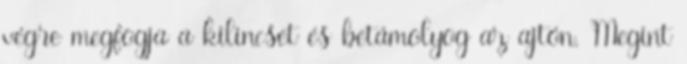
végre megfogja a kilincset és betámolyog az ajtón. Megint